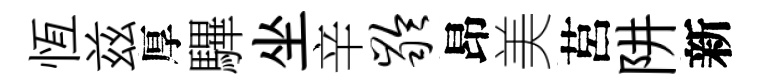
恆兹厚驆坐辛龄昂美莒阱新